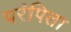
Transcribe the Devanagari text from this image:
परंपिता